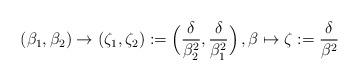
LaTeX: \begin{align*}(\beta_1, \beta_2) \to (\zeta_1, \zeta_2) := \Big(\frac{\delta}{\beta_2^2}, \frac{\delta}{\beta_1^2} \Big)\,, \beta \mapsto \zeta := \frac{\delta}{\beta^2}\end{align*}